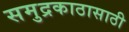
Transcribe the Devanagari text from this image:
समुद्रकाठासाठी